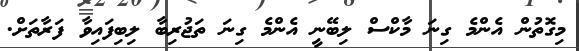
މިގޮތުން އެންމެ ގިނަ މާކްސް ލިބޭނީ އެންމެ ގިނަ ތަޖުރިބާ ލިބިފައިވާ ފަރާތަށް.